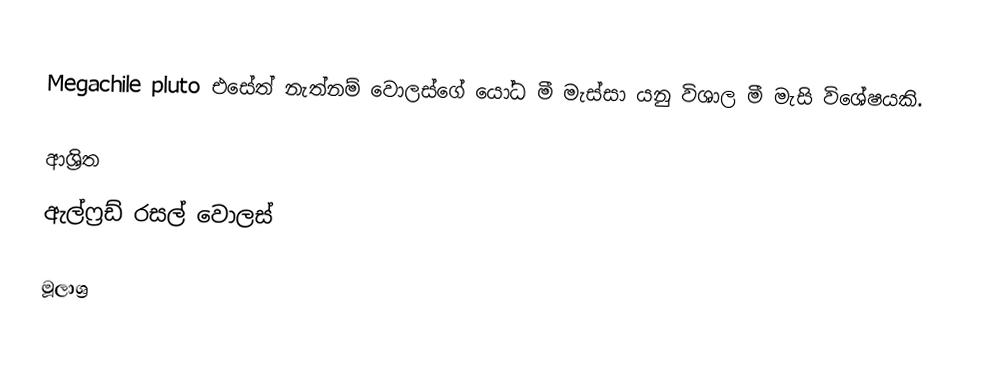
Megachile pluto එසේත් නැත්නම් වොලස්ගේ යෝධ මී මැස්සා යනු විශාල මී මැසි විශේෂයකි.

ආශ්‍රිත
 ඇල්ෆ්‍රඩ් රසල් වොලස්

මූලාශ්‍ර